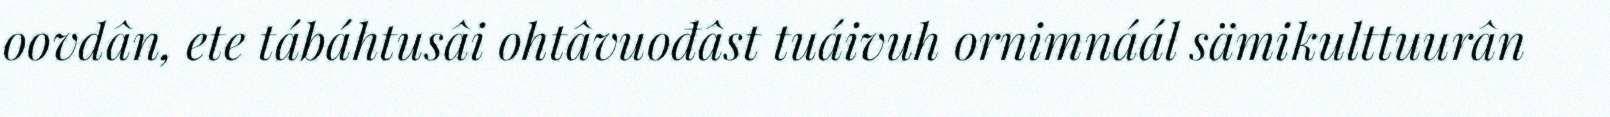
oovdân, ete tábáhtusâi ohtâvuođâst tuáivuh ornimnáál sämikulttuurân